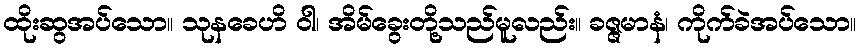
ထိုးဆွအပ်သော။ သုနခေဟိ ဝါ၊ အိမ်ခွေးတို့သည်မူလည်း။ ခဇ္ဇမာနံ၊ ကိုက်ခဲအပ်သော။